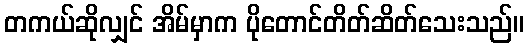
တကယ်ဆိုလျှင် အိမ်မှာက ပိုတောင်တိတ်ဆိတ်သေးသည်။